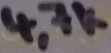
Text: 4,7k